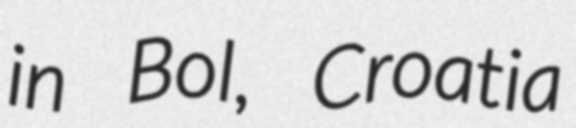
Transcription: in Bol, Croatia